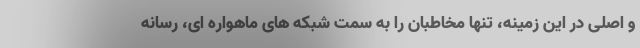
و اصلی در این زمینه، تنها مخاطبان را به سمت شبکه های ماهواره ای، رسانه